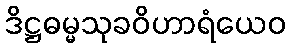
ဒိဋ္ဌဓမ္မသုခဝိဟာရံယေဝ